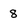
Character: 8